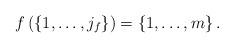
LaTeX: \begin{align*}f\left(\left\{ 1,\dots,j_{f}\right\} \right)=\left\{ 1,\dots,m\right\} .\end{align*}